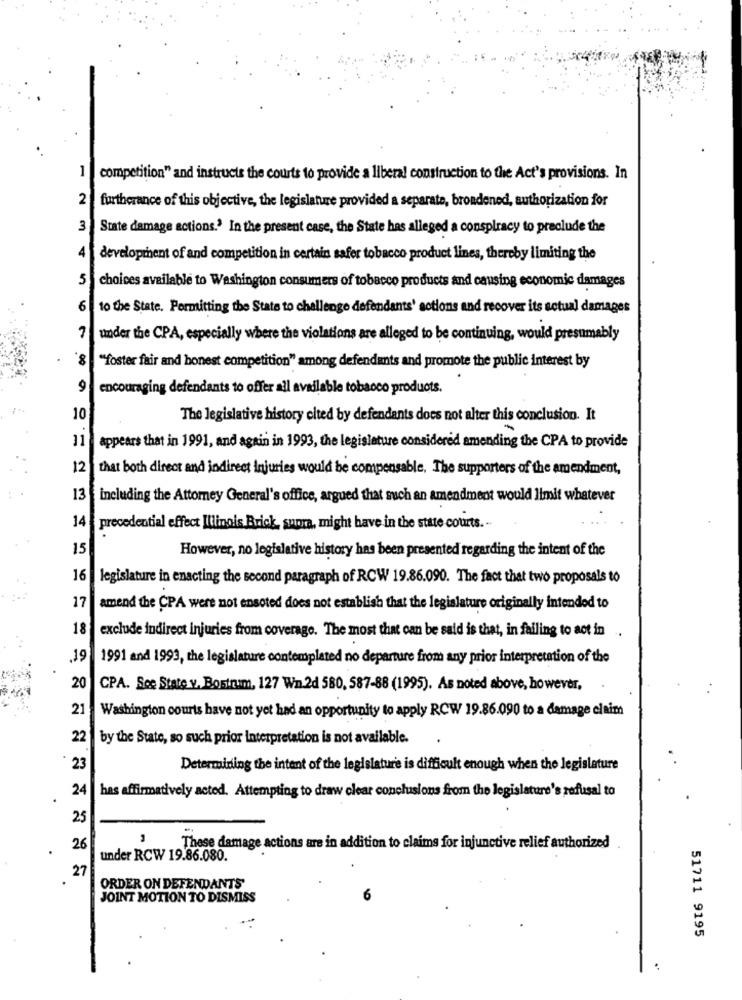
1
competition" and instructs the courts to provide a liberal construction to the Act's provisions. In
2
furtherance of this objective, the legislature provided a separate, broadened, authorization for
3
State damage actions.' In the present case, the State has alleged a conspiracy to preclude the
4
development of and competition in certain safer tobacco product lines, thereby limiting the
5
choices available to Washington consumers of tobacco products and causing economic damages
6
to the State. Permitting the State to challenge defendants' sotions and recover its actual damages
7
under the CPA, especially where the violations are alleged to be continuing, would presumably
8.
"foster fair and honest competition" among defendants and promote the public interest by
9
encouraging defendants to offer all available tobacco products.
10
The legislative history cited by defendants does not alter this conclusion. It
11
appears that in 1991, and again in 1993, the legislature considered amending the CPA to provide
12
that both direct and indirect injuries would be compensable, The supporters of the amendment,
13
including the Attorney General's office, argued that such an amendment would limit whatever
14 precedential effect Illinois Brick, suora, might have in the state courts. -
15
However, no legislative history has been presented regarding the intent of the
16
legislature in enacting the second paragraph of RCW 19.86.090. The fact that two proposals to
17
amend the CPA were not ensoted does not establish that the legislature originally intended to
18
exclude indirect injuries from coverage. The most that can be said is that, in failing to act in
.19
1991 and 1993, the legislature contemplated no departure from any prior interpretation of the
20
CPA. Soc State v. Bostrum, 127 W1.2d 580, 587-88 (1995). As noted above, however,
21
Washington courts have not yet had an opportunity to apply RCW 19.86.090 to a damage claim
22
by the State, so such prior interpretation is not available.
23
Determining the intent of the legislature is difficult enough when the legislature
24
has affirmatively acted. Attempting to draw clear conclusions from the legislature's refusal to
25
26
These damage actions are in addition to claims for injunctive relief authorized
under RCW 19.86.080.
27
ORDER ON DEFENDANTS'
JOINT MOTION TO DISMISS
6
51711 9195